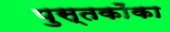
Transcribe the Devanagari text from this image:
पुस्‍तकोंका